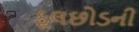
ફૂલછોડની